Annual vaccination report of Bihar and Orissa - 1911-1928
Year: 1911
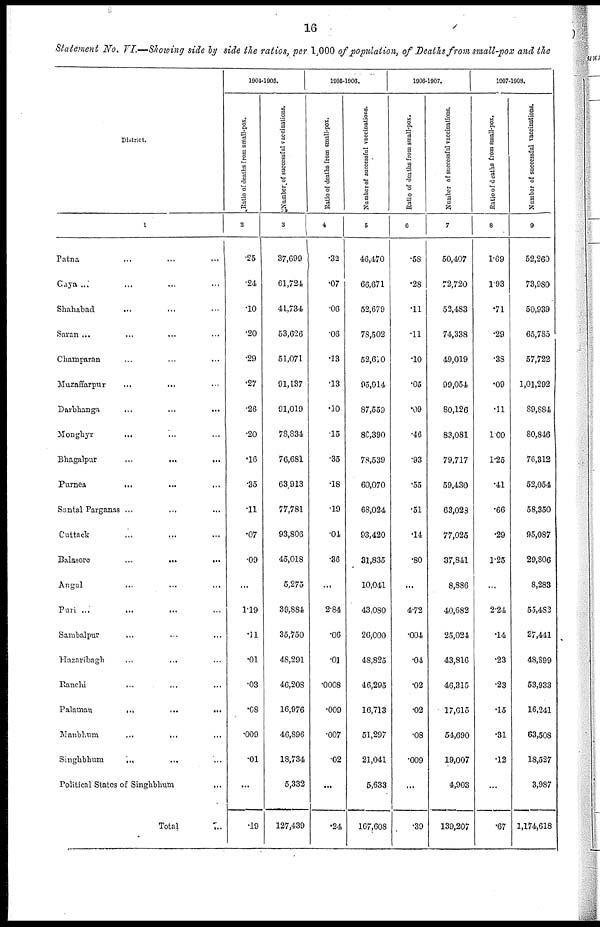
16
Statement No. VI.—Showing side by side the ratios, per 1,000 of population, of Deaths from small-pox and the
District.
1
Patna ... ... ...
Gaya ... ... ...
Shahabad ... ... ...
Saran ... ... ...
Champaran ... ... ...
Muzaffarpur ... ... ...
Darbhanga ... ... ...
Monghyr
...
...
...
Bhagalpur
...
...
...
Purnea
...
...
...
Santal Parganas ... ... ...
Cuttack ... ... ...
Balasore
...
...
...
Angul ... ... ...
Puri
...
...
...
Sambalpur ... ... ...
Hazaribagh
...
...
...
Ranchi ... ... ...
Palamau
...
...
...
Manbhum
...
...
...
Singhbhum ... ... ...
Political States of Singhbhum ...
Total ...
1904-1905.
Ratio of deaths from small-pox.
2
.25
.24
.10
.20
.29
.27
.26
.20
.16
.35
.11
.07
.09
...
1.19
.11
.01
.03
.68
.009
.01
...
.19
Number of successful vaccinations.
3
37,699
61,724
41,734
53,626
51,071
91,137
91,019
78,834
76,681
63,913
77,781
93,806
45,018
5,275
39,884
35,750
48,291
46,208
16,976
46,896
18,734
5,332
127,439
1905-1906.
Ratio of deaths from small-pox.
4
.32
.07
.06
.06
.13
.13
.10
.15
.35
.18
.19
.01
.36
...
2.84
.06
.01
.0008
.009
.007
.02
...
.24
Number of successful vaccinations.
5
46,470
66,671
52,679
78,502
52,610
95,914
87,559
86,390
78,539
60,070
68,024
93,420
31,835
10,041
43,080
26,000
48,825
46,295
16,713
51,297
21,041
5,633
167,608
1906-1907.
Ratio of deaths from small-pox.
0
.58
.28
.11
.11
.10
.05
.09
.46
.93
.55
.51
.14
.80
...
4.72
.004
.04
.02
.02
.08
.009
...
.39
Number of successful vaccinations.
7
50,407
72,720
52,483
74,338
49,019
99,054
80,126
83,081
79,717
59,430
63,023
77,025
37,841
8,886
40,682
25,024
43,816
46,315
17,615
54,690
19,007
4,903
139,207
1907-1908.
Ratio of deaths from small-pox.
8
1.69
1.93
.71
.29
.38
.09
.11
1.00
1.25
.41
.66
.29
1.25
...
2.24
.14
.23
.23
.15
.31
.12
...
.67
Number of successful vaccinations.
9
52,260
73,980
50,939
65,785
57,722
1,01,292
89,884
80,846
76,312
52,054
58,350
95,087
29,806
8,283
55,482
27,441
48,899
53,933
16,241
63,508
18,527
3,987
1,174,618